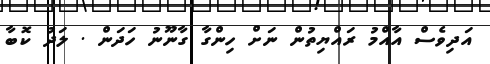
އަދިވެސް އާއްމު ރައްޔިތުން ނަށް ހިންގާ ގާނޫނު ހަދަން . ލަދު ކޮބާ